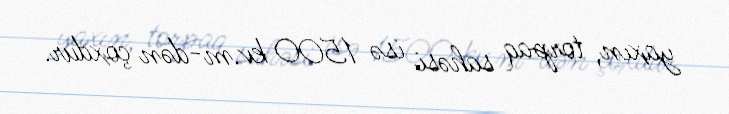
yaxın, torpaq sahəsi isə 1500 kv.m-dən çoxdur.